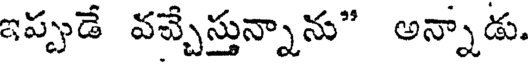
ఇప్పుడే వచ్చేస్తున్నాను" అన్నాడు.